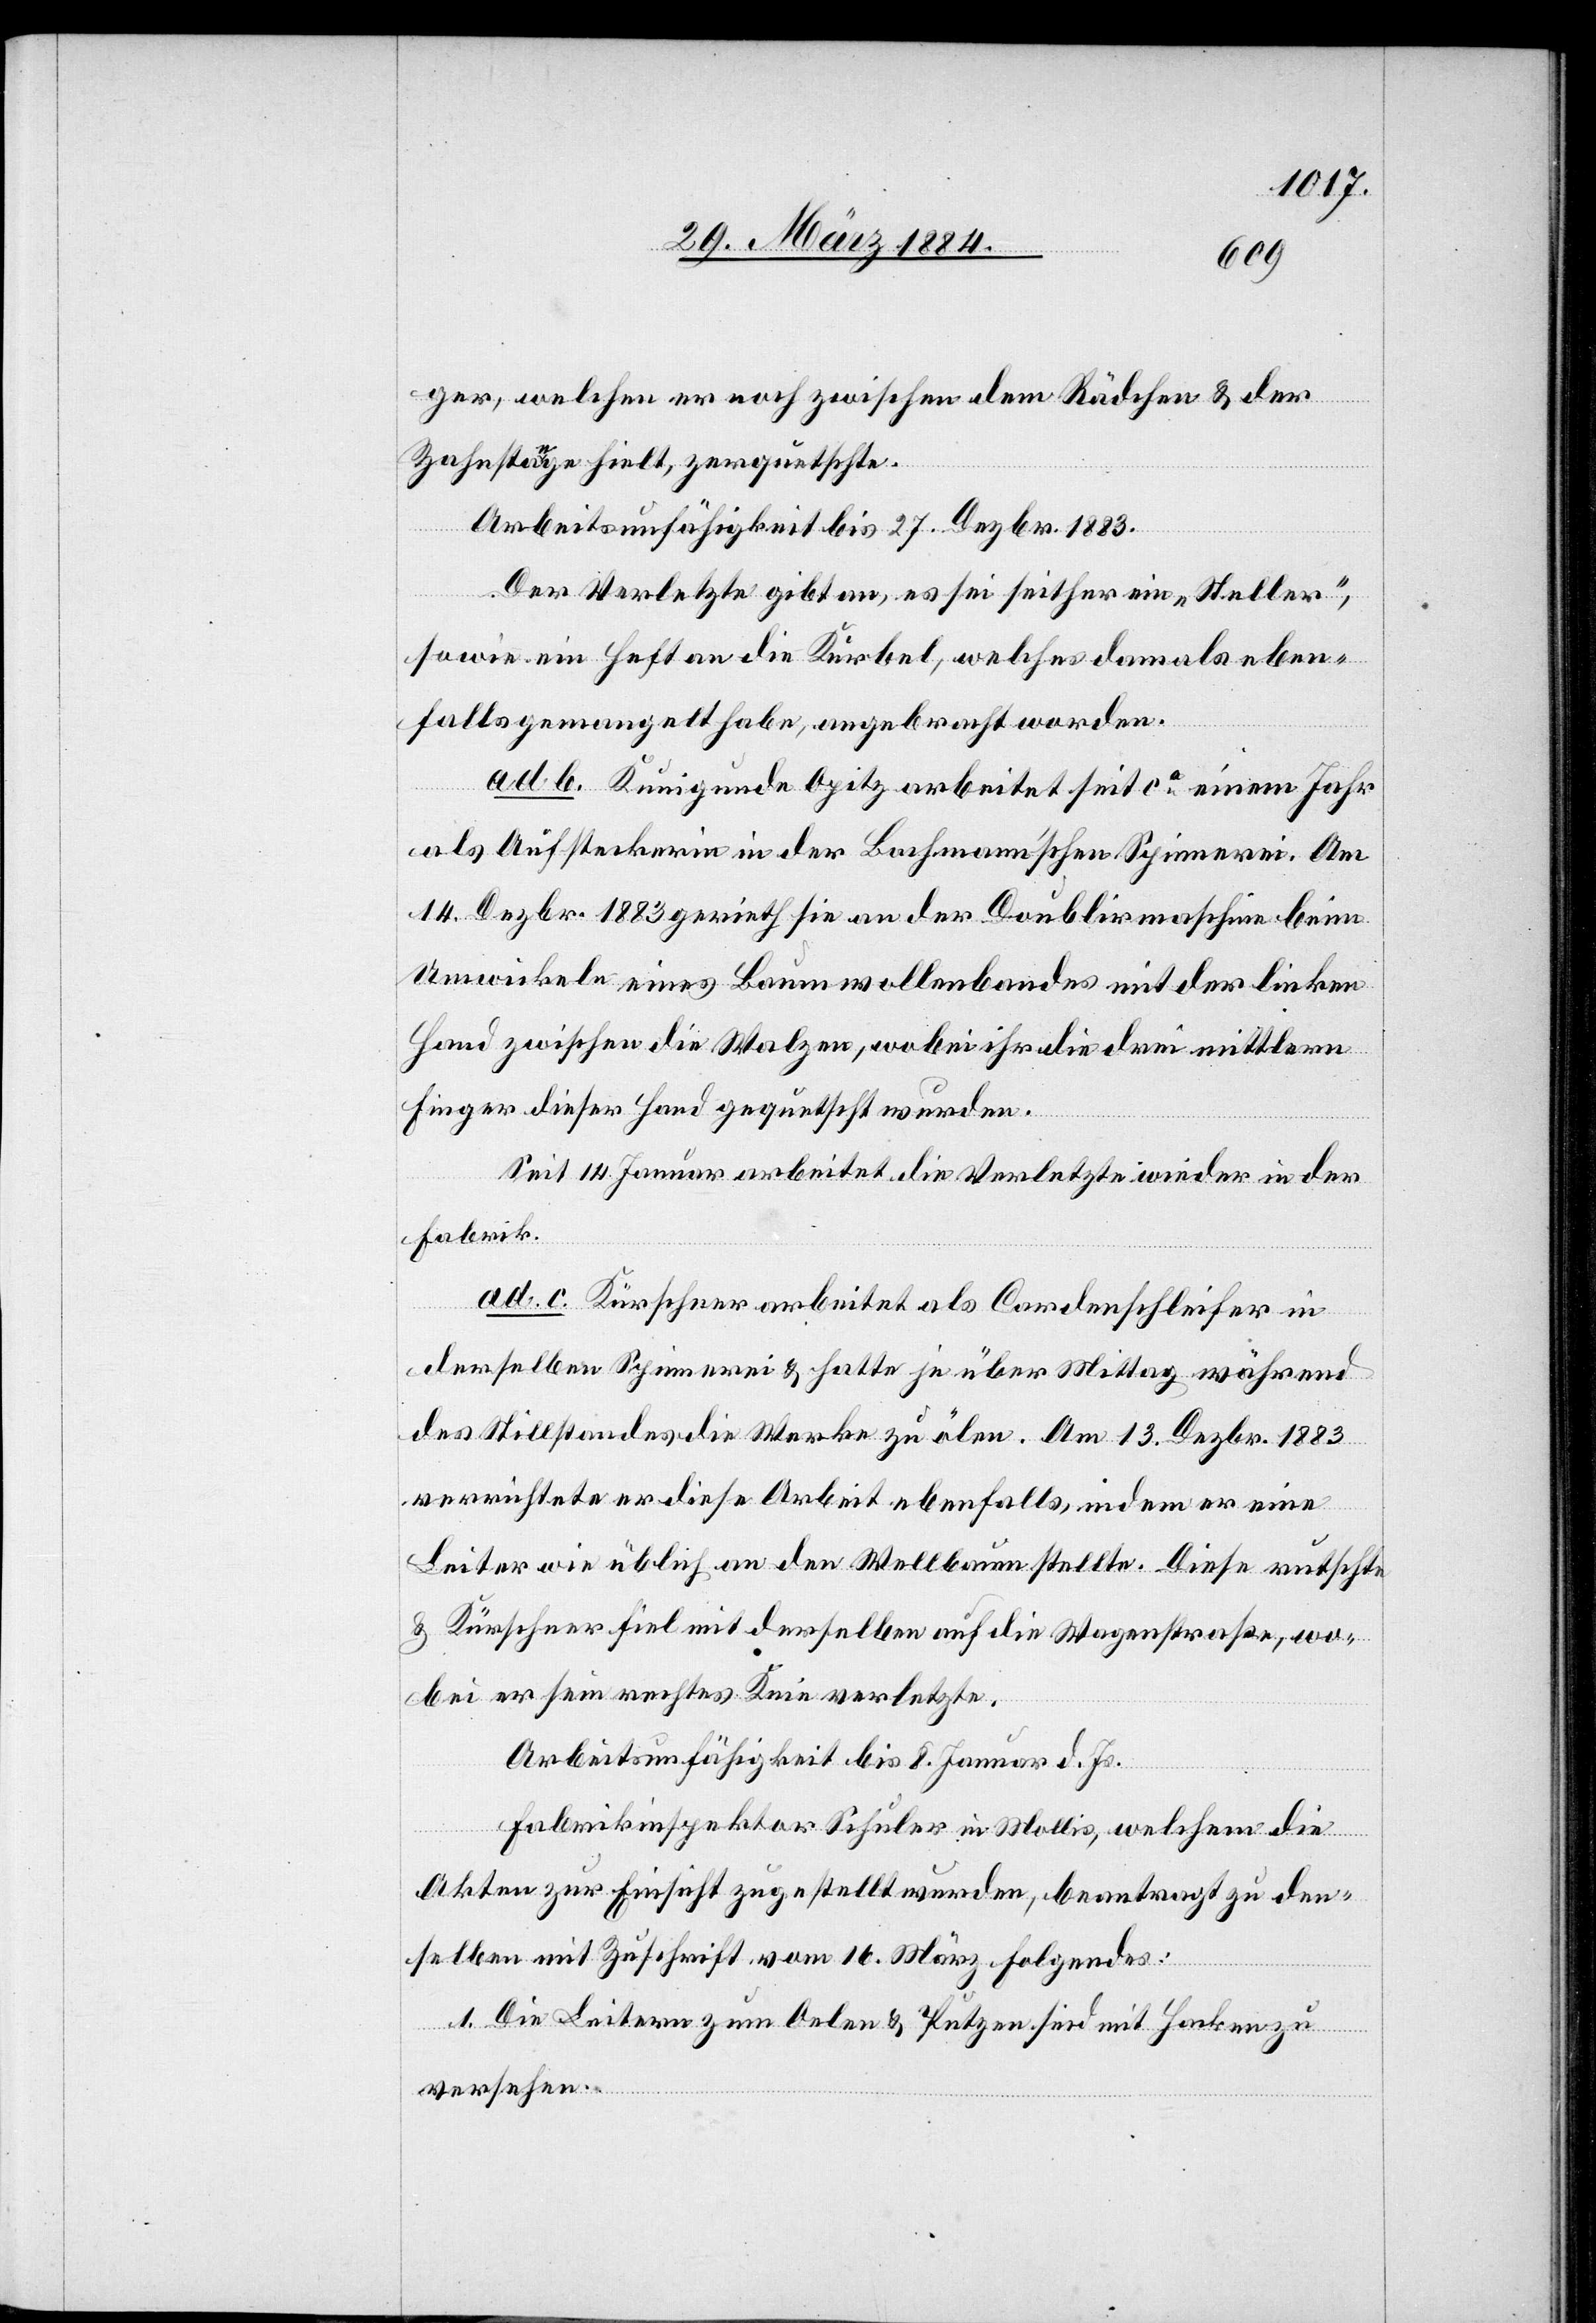
ger, welchen er noch zwischen dem Rädchen & der
Zahnstange hielt, zerquetschte.
Arbeitsunfähigkeit bis 27. Dezbr. 1883.
Der Verletzte gibt an, es sei seither ein „Steller“,
sowie ein Heft an die Kurbel, welches damals eben¬
falls gemangelt habe, angebracht worden.
ad. b. Kunigunde Opitz arbeitet seit ca einem Jahr
als Aufsteckerin in der Bachmann’schen Spinnerei. Am
14. Dezbr. 1883 gerieth sie an der Doublirmaschine beim
Umwickeln eines Baumwollbandes mit der linken
Hand zwischen die Walzen, wobei ihr die drei mittlern
Finger dieser Hand gequetscht wurden.
Seit 14. Januar arbeitet die Verletzte wieder in der
Fabrik.
ad. c. Kürschner arbeitet als Cardenschleifer in
derselben Spinnerei & hatte je über Mittag während
des Stillstandes die Werke zu ölen. Am 13. Dezbr. 1883
verrichtete er diese Arbeit ebenfalls, indem er eine
Leiter wie üblich an den Wellbaum stellte. Diese rutschte
& Kürschner fiel mit derselben auf die Wagenstraße, wo¬
bei er sein rechtes Knie verletzte.
Arbeitsunfähigkeit bis 8. Januar d. Js.
Fabrikinspektor Schuler in Mollis, welchem die
Akten zur Einsicht zugestellt wurden, beantragt zu den¬
selben mit Zuschrift vom 16. März Folgendes:
1. Die Leitern zum Oelen & Putzen sind mit Hacken zu
versehen.